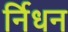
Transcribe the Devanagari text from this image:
र्निधन